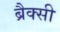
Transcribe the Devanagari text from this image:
ब्रैक्सी